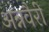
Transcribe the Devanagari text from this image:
अन्नवैरी